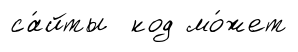
са́йты код мо́жет